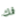
فمك